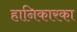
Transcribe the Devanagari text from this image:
हानिकारका